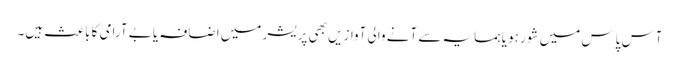
آس پاس میں شور ہو یا ہمسایہ سے آنے والی آوازیں بھی پریشر میں اضافہ یا بے آرامی کا باعث ہیں۔